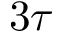
3 \tau